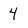
Character: 4